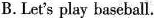
B. Let's play baseball.